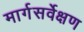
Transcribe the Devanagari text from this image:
मार्गसर्वेक्षण